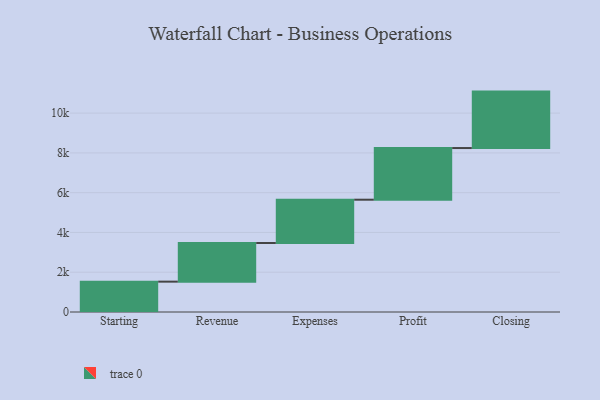
{"axis": {"x": "Step", "y": "Value"}, "legend": [""], "data": [{"x": "Starting", "y": 1526.0, "type": ""}, {"x": "Revenue", "y": 1943.0, "type": ""}, {"x": "Expenses", "y": 2178.0, "type": ""}, {"x": "Profit", "y": 2598.0, "type": ""}, {"x": "Closing", "y": 2838.0, "type": ""}]}